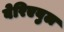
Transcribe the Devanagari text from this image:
वेरिएबुल